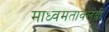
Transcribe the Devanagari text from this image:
माध्वमतावलंबी